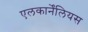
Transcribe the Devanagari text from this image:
एलकार्नेंलियस